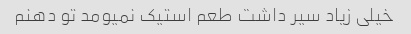
خیلی زیاد سیر داشت طعم استیک نمیومد تو دهنم